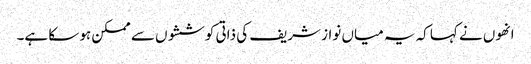
انھوں نے کہا کہ یہ میاں نواز شریف کی ذاتی کوششوں سے ممکن ہو سکا ہے۔